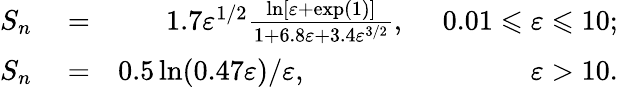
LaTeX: \begin{array}{rlr}{S_{n}}&{{}=}&{1.7\varepsilon^{1/2}\frac{\ln[\varepsilon+\exp(1)]}{1+6.8\varepsilon+3.4\varepsilon^{3/2}},\phantom{1.7}0.01\leqslant\varepsilon\leqslant 10;}\\ {S_{n}}&{{}=}&{0.5\ln(0.47\varepsilon)/\varepsilon,\phantom{\varepsilon^{1/2}0.5\ln(0.47\varepsilon)/\varepsilon}\varepsilon>10.}\end{array}